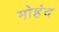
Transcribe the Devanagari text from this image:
मोहंद